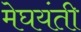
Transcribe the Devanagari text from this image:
मेघयंती